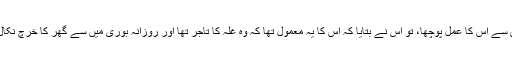
سفر سے واپسی پر لوگوں نے اس کی بیوی سے اس کا عمل پوچھا، تو اس نے بتایا کہ اس کا یہ معمول تھا کہ وہ غلہ کا تاجر تھا اور روزانہ بوری میں سے گھر کا خرچ نکال کر اس میں اسی مقدار کا بھس ملادیتا تھا۔